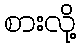
စားလို့